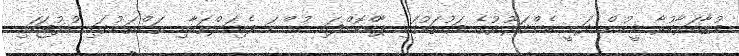
މުޒާހަރާކުރާ މީހުން ދަނީ ބެންގަލޫރުގެ މަގުތަކުގައި ޕާކްކޮށްފައި ހުންނަ ވެހިކަލްތަކާއި ތަންތަނުގައި ހުޅުޖަހައި